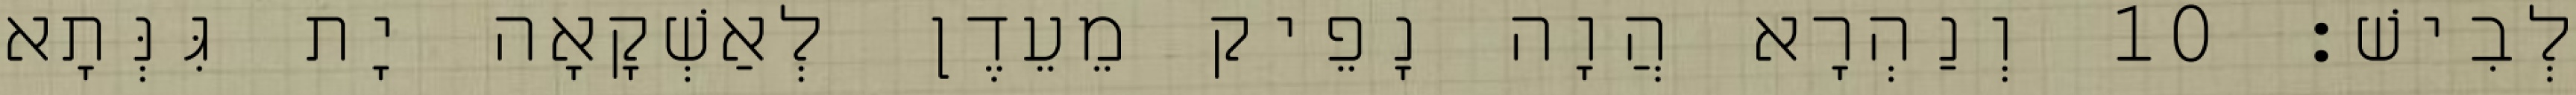
לְבִישׁ׃ 10 וְנַהְרָא הֲוָה נָפֵיק מֵעֵדֶן לְאַשְׁקָאָה יָת גִּנְּתָא